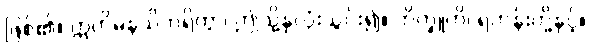
ဖြစ်၏။ ဣတိမနသိကရိတွာ၊ ဤသို့နှလုံးသွင်း၍။ ဘိက္ခူဟိ၊ ရဟန်းတို့နှင့်။